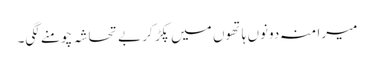
میرا منہ دونوں ہاتھوں میں پکڑ کر بے تحاشہ چومنے لگی۔